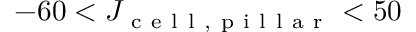
- 6 0 < J _ { \mathrm { ~ c ~ e ~ l ~ l ~ , ~ p ~ i ~ l ~ l ~ a ~ r ~ } } < 5 0